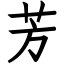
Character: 芳